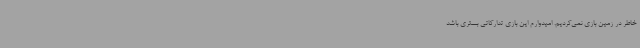
خاطر در زمین بازی نمی‌کردیم. امیدوارم این بازی تدارکاتی بستری باشد